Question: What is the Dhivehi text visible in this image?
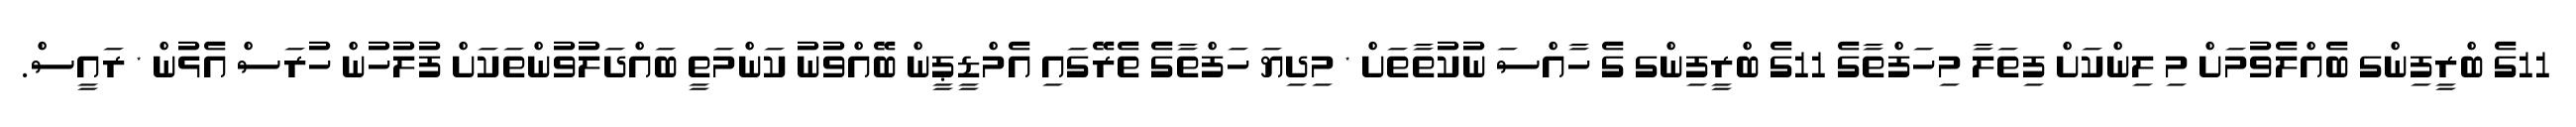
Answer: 11ގެ ބްރީފިންގ ބެއްލެވުމަށް މި ލިންކަށް ފިތަލާ މިހަފްތާގެ 11ގެ ބްރީފިންގ ގެ ހާއްސަ ނުކުތާތަށް * މިދިޔަ ހަފްތާގެ ތެރޭގައި އެމްޑީޕީން ބޭއްވުނު ކަންމަތީ ބައްދަލުވުންތަކަށް ފުލުހުން ހުރަސް އެޅުން * ރައީސް.